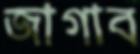
জাগাব